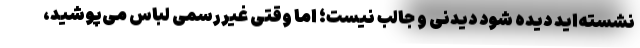
نشسته‌اید دیده شود دیدنی و جالب نیست؛ اما وقتی غیررسمی لباس می‌پوشید،